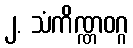
၂. သံကိဏ္ဏဝဂ္ဂ